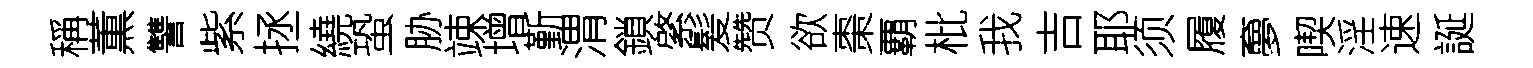
稱薫讐紫拯繞蛩胁竦增斳渭鎖綮髪赞欲棗覇枇我吉耶须履夣喫淫速誕